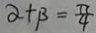
\alpha + \beta = \frac { \pi } { 4 }